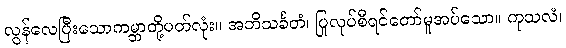
လွန်လေပြီးသောကမ္ဘာတို့ပတ်လုံး။ အဘိသင်္ခတံ၊ ပြုလုပ်စီရင်တော်မူအပ်သော။ ကုသလံ၊